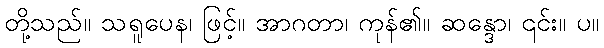
တို့သည်။ သရူပေန၊ ဖြင့်။ အာဂတာ၊ ကုန်၏။ ဆန္ဒော၊ ၎င်း။ ပ။